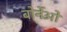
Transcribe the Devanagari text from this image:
बोर्नेओ